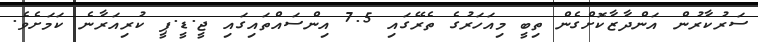
ސަރުކާރުން އަންދާޒާކޮށްގެން ތިބީ މިއަހަރުގެ ތެރޭގައި 7.5 އިންސައްތައިގައި ޖީ.ޑީ.ޕީ ކުރިއަރާނެ ކަމަށެވެ.